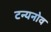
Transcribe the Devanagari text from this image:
टन्यनोव